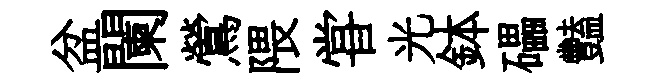
盆闌鶯隈甞光鉢礧豔